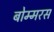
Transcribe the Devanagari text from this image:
बोम्मरस